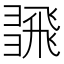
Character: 𢑮